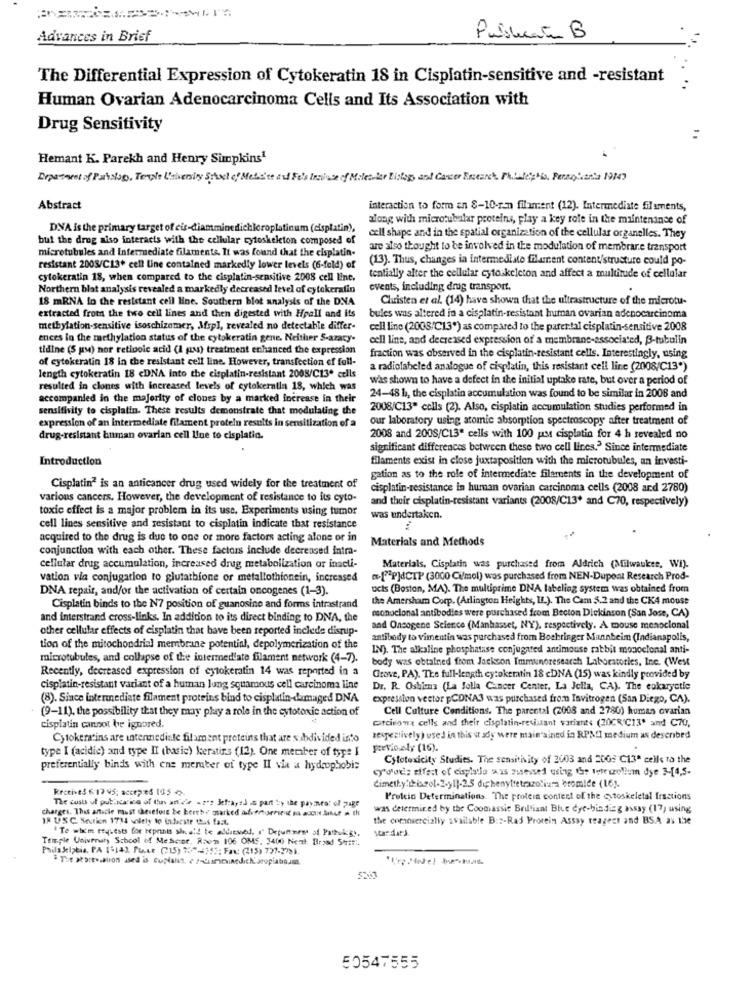
Advances in Brief
Pubblicato B
The Differential Expression of Cytokeratin 18 in Cisplatin-sensitive and -resistant
Human Ovarian Adenocarcinoma Cells and Its Association with
Drug Sensitivity
Hemant K. Parekh and Henry Simpkins1
Department of Patclap, Temple University Stavel of Medicine and Fu's Incase of Milesvier Eislogy and Casser Essearch, Philliplio, Persohanta 1947
Abstract
interaction to form an 8-10-rin filament (12). Intermediate filaments,
along with microtubilar proteins, play a key role in the maintenance of
DVA is the primary target of cis-diamminedichloroplatinum (cisplatin),
but the drug niso interacts with the cellular cytoskeleton composed of
cell shape and in the spatial organization of the cellular organelles. They
microtubules and Intermediate filaments. It was found that the cisplatin-
are also thought to be involved in the modulation of membrane transport
(13). Thus, changes in intermediate filament content/structure could po-
resistant 2005/C13+ cell line contained markedly lower levels (6-fold) of
cytokeratin 18, when compared to the cisplatin-sensitive 2008 cell line.
tentially alter the cellular cytoskeleton and affect a multitude of cellular
Northern blat analysis revealed a markedly decreased level of cytekeratin
events, including drug transport.
18 mRNA in the resistant cell line. Southern blot analysis of the DNA
Christen et al. (14) have shown that the ultrastructure of the microtu-
extracted from the two cell lines and then digested with Hpall and its
bules was altered in a cisplatin-resistant human ovarian adenocarcinoma
methylation-sensitive isoschizomer, Msp], revealed no detectable differ-
cell line (2008/C13") as compared to the patertal cisplatin-sensitive 2008
ences in the methylation status of the cytokeratin gene. Neither S-azacy-
cell line, and decreased expression of a membrane-associated, B-tubulin
tidine (S pu) nor retinoic acid (1 (as) treatment enhanced the expression
of cytokeratin 18 in the resistant cell Ene. However, transfection of full-
fraction was observed in the cisplatin-resistant cells. Interestingly, using
a radiolabeled analogue of cisplatin, this resistant cell line (2008/C13*)
length cytokeratin 18 <DNA into the cisplatin-resistant 2008/C13. cells
was shown to have a defect in the initial uptake rate, but over a period of
resulted in clones with increased levels of cytokeralla 18, which was
accompanied in the majority of clones by a marked increase in their
24-48 1, the cisplatin accumulation was found to be similar in 2006 and
sensitivity to cisplatin. These results demonstrate that modulating the
2008/C13" cells (2). Also, cisplatin accumulation studies performed in
our laboratory using atomic absorption spectroscopy after treatment of
expression of an intermediate filament protein results in sensitization of a
drug-resistant human ovarian cell line to cisplatin.
2008 and 200S/C13ª cells with 100 Mt cisplatin for 4 h revealed no
significant differences between these two cell lines." Since intermediate
Introduction
filaments exist in close juxtaposition with the microtubules, an investi-
gation as to the role of intermediate filaments in the development of
Cisplatin" is an anticancer drug used widely for the treatment of
cisplatin-resistance in human ovarian carcinoma cells (2008 and 2780)
various cancers. However, the development of resistance to its cyto-
and their cisplatin-resistant variants (2008/C13* and C70, respectively)
toxic effect is a major problem in its use. Experiments using tumor
was undertaken.
cell lines sensitive and resistant to cisplatin indicate that resistance
acquired to the drug is due to one or more factors acting alone or in
Materials and Methods
conjunction with each other. These factors include decreased intra-
cellular drug accumulation, increased drug metabolization or inacti-
Materials, Cisplatin was purchased from Aldrich (Milwaukee, Wi).
vation via conjugation to glutatbione or metallothionein, increased
-[P]dCTP (3000 Ci/mol) was purchased from NEN-Dupont Research Prod-
DNA repair, and/or the activation of certain oncogenes (1-3).
ucts (Boston, MA). The multiprime DNA labeling system was obtained from
the Amersham Corp. (Arlington Heights, IL.). The Cam 5.2 and the CKA mouse
Cisplatin binds to the N7 position of guanosine and forms intrastrand
and interstrand cross-links. In addition to its direct binding to DNA, the
monoclonal antibodies were purchased from Becton Dickinson (San Jose, CA)
other cellular effects of cisplatin that have been reported inclede disrup-
and Oncogene Science (Manhasset, NY), respectively. A mouse monoclonal
antibody to vimentin was purchased from Boehringer Mannbeim (Indianapolis,
tion of the mitochondrial membrane potential, depolymerization of the
IN). The alkaline phosphatase conjugated antimouse rabbit monoclonal anti-
microtubules, and collapse of the intermediate filament network (4-7).
body was obtained from Jackson Immunoresearch Laboratories, Inc. (West
Recently, decreased expression of cytokeratin 14 was reported in a
Grove, PA). The full-length cytokeratin 18 cDNA (15) was kindly provided by
cisplatin-resistant variant of a human lung squamous cell carcinoma line
Dr. R. Oshima (La Jolla Cancer Center, La Jella, CA). The eukaryotic
(8). Since internediate filament proteins bind to cisplatin-damaged DNA
expresslon vector pCDNA3 was purchased from Invitrogen (San Diego, CA).
(9-11), the possibility that they may play a role in the cytotoxic action of
Cell Culture Conditions. The parental (2008 and 2780) human ovarian
corcicona cells and their cisplatin-resistant variants (20CR C13* and C70,
cisplatin cannot be ignored.
Cytokerstins are internediate filament proteins that are subdivided into
respectively) used in this st soy were main'sined in RPMI medium as described
type I (acidic) and type II (basic) kerstins (12). One member of type I
previously (16).
Cytotoxicity Studies. The sensitivity of 2003 and 2008 C13ª celle to the
preferentially binds with ene member of type II via a hydrophobia
cy'oudie tifest of eisyistla aus assessed using the terecollum dye 3-[4,5.
Receive5 6:13 45; accepad 1052.
dimethy:ibiscrol-2.y1]-2.5 diphenyltetrazotiums bromide (16).
The costs of publications of the article was letra,this part by the payment of page
Protein Determinations. The protein content of the estoskeletal fractions
charges. This article must chevefore be hereby marked adventureinte ss aucebut a the
was determined by the Coomassie Brilliant Blue eye-binding assay (17, using
18 USC Serien 1714 voilely to Indicate this fast.
the comosercially available B:2-Ras Protein Assay teageet and BSA as Ise
Te wixcm teytests for reprints she'd te aldatwed, " Detunnem at Pattukg .,
Temple Univenaty School of MeScor, Raem 106 OMS. 3400 Nent Broed Stati.
50547555